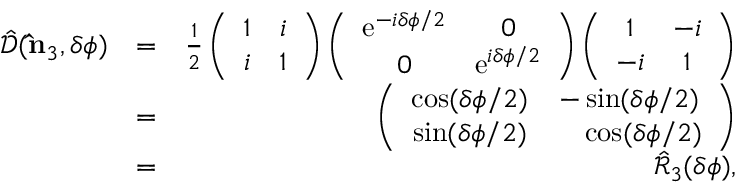
\begin{array} { r l r } { \hat { \mathcal { D } } ( { \bf \hat { n } } _ { 3 } , \delta \phi ) } & { = } & { \frac { 1 } { 2 } \left( \begin{array} { c c } { 1 } & { i } \\ { i } & { 1 } \end{array} \right) \left( \begin{array} { c c } { \mathrm { e } ^ { - i \delta \phi / 2 } } & { 0 } \\ { 0 } & { \mathrm { e } ^ { i \delta \phi / 2 } } \end{array} \right) \left( \begin{array} { c c } { 1 } & { - i } \\ { - i } & { 1 } \end{array} \right) } \\ & { = } & { \left( \begin{array} { c c } { \cos ( \delta \phi / 2 ) } & { - \sin ( \delta \phi / 2 ) } \\ { \sin ( \delta \phi / 2 ) } & { \ \ \ \cos ( \delta \phi / 2 ) } \end{array} \right) } \\ & { = } & { \hat { \mathcal { R } } _ { 3 } ( \delta \phi ) , } \end{array}